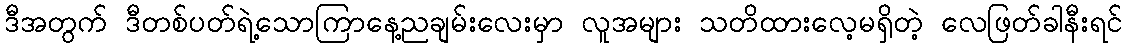
ဒီအတွက် ဒီတစ်ပတ်ရဲ့သောကြာနေ့ညချမ်းလေးမှာ လူအများ သတိထားလေ့မရှိတဲ့ လေဖြတ်ခါနီးရင်